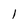
Character: 1